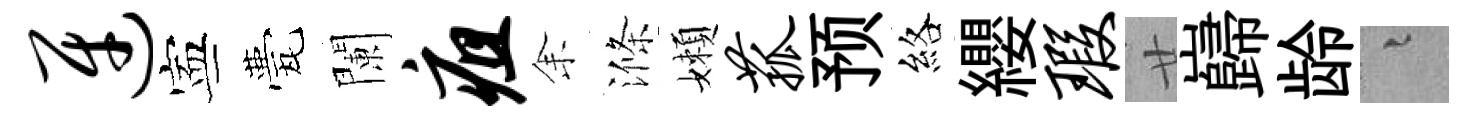
迓寕甍闌疽𪜬滌嬾菰预絡纓瑕廿巋龄融